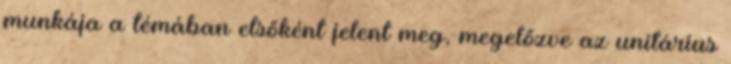
munkája a témában elsőként jelent meg, megelőzve az unitárius